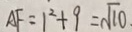
A F = 1 ^ { 2 } + 9 = \sqrt { 1 0 } .